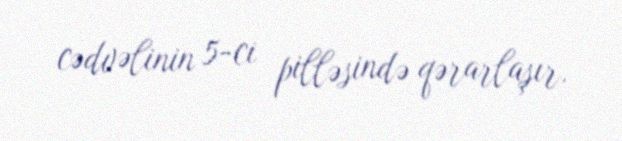
cədvəlinin 5-ci pilləsində qərarlaşır.